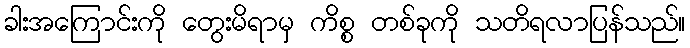
ခါးအကြောင်းကို တွေးမိရာမှ ကိစ္စ တစ်ခုကို သတိရလာပြန်သည်။